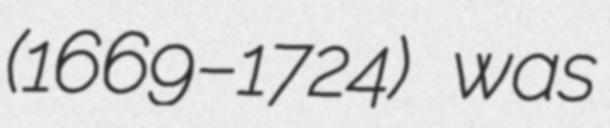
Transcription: (1669–1724) was